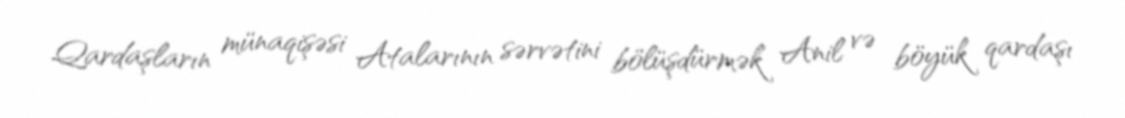
Qardaşların münaqişəsi Atalarının sərvətini bölüşdürmək Anil və böyük qardaşı